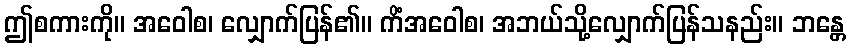
ဤစကားကို။ အဝေါစ၊ လျှောက်ပြန်၏။ ကိံအဝေါစ၊ အဘယ်သို့လျှောက်ပြန်သနည်း။ ဘန္တေ